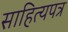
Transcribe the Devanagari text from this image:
साहित्यपत्र